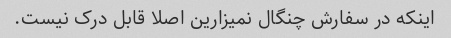
اینکه در سفارش چنگال نمیزارین اصلا قابل درک نیست.